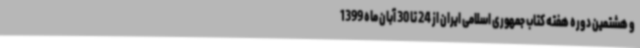
و هشتمین دوره هفته کتاب جمهوری اسلامی ایران از 24 تا 30 آبان ماه 1399